system: You are a helpful assistant.
user:
Analyze the provided spectrum to determine if it is a **Carbon Star (C-type)**.

- **Key Visual Indicators of Carbon Star:**
    - **(Primary):** Strong molecular absorption from **C₂ (diatomic carbon) "Swan Bands."** This is the **defining feature** of a carbon star.
        - **(Key Bandheads):** Sharp absorption edges are visible at approximately $5635$ Å, $5165$ Å (the strongest band), and $4737$ Å.
        - **(Line Profile):** Creates a distinct **"saw-tooth"** pattern. The key morphology is a sharp, steep bandhead on the **red (long-wavelength) side**, which then gradually tapers off (i.e., flux recovers) towards the **blue (short-wavelength) side**. *(This is the direct opposite of the TiO bands seen in M-type stars)*.

    - **(Secondary):** Intense **CN (cyanogen)** molecular absorption bands.
        - **(Key Bandheads):** Located in the blue and violet regions of the spectrum (e.g., near $4215$ Å and $3883$ Å).
        - **(Morphology):** These bands are extremely broad and act as a "blanket," absorbing the vast majority of blue and violet light. This creates a characteristic **"cliff"** or **"steep drop-off"** in the spectrum's flux at short wavelengths.

    - **(Key Confirmation):** Strong **CH absorption band (G-band)**.
        - **(Key Bandhead):** Located around $4300$ Å. The contribution from CH molecules to this band is exceptionally strong.

    - **(Overall Spectrum):**
        - The continuum is severely "chopped up" by these deep molecular bands, especially C₂, rather than appearing as a smooth curve.
        - Due to the heavy CN and C₂ absorption in the blue-green, the vast majority of the star's flux is concentrated in the red part of the spectrum, giving the star its characteristic deep red color.

Think first, call **spectral_visualization_tool** if needed to examine features in detail, then provide your final answer. Your response must adhere to the following strict rules:
1.  **Overall Structure:** Your response must follow the format `<think>...</think> <tool_call>...</tool_call> (if a tool is used) <answer>...</answer>`.
2.  **Tool Usage Constraint:** You may only make **one** tool call per turn.
3.  **Final Answer Format:** In the `<answer>` tag, your conclusion must be inside a `\boxed{}` command (e.g., `\boxed{YES}`), followed by your justification.

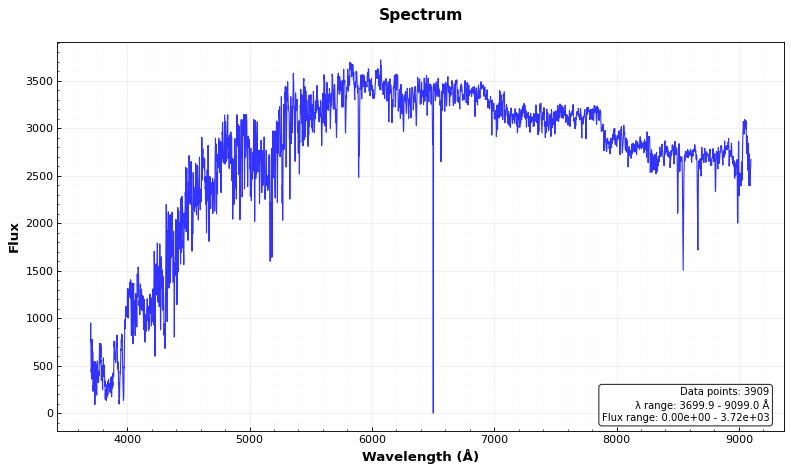
Answer: NO